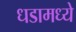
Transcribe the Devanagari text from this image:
धडामध्ये